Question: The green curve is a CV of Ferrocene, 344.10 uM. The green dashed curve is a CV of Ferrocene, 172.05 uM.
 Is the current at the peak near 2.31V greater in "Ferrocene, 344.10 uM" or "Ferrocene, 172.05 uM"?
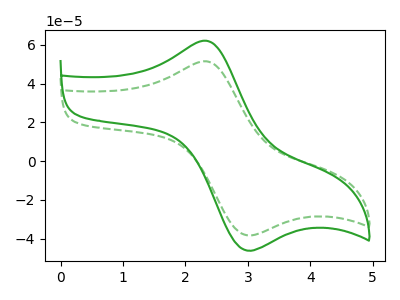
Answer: <think>The green curve "Ferrocene, 344.10 uM" has an anodic peak at (2.30V, 62.25uA) and a cathodic peak at (2.95V, -45.85uA). The green dashed curve "Ferrocene, 172.05 uM" has an anodic peak at (2.30V, 51.60uA) and a cathodic peak at (2.95V, -38.00uA).</think>
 <answer>The peak at 2.31V is higher in "Ferrocene, 344.10 uM" than in "Ferrocene, 172.05 uM".</answer>
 <eval>higher</eval>